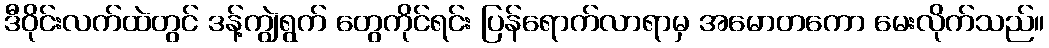
ဒီဝိုင်းလက်ထဲတွင် ဒန့်ကျွဲရွက် တွေကိုင်ရင်း ပြန်ရောက်လာရာမှ အမောတကော မေးလိုက်သည်။